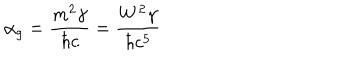
\alpha _ { g } = \frac { m ^ { 2 } \gamma } { \hbar c } = \frac { W ^ { 2 } \gamma } { \hbar c ^ { 5 } }